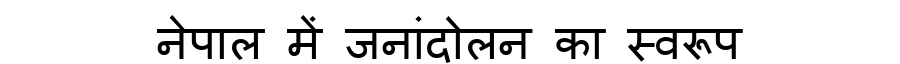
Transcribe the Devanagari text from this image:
नेपाल में जनांदोलन का स्वरूप